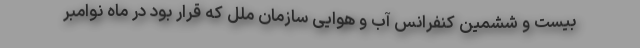
بیست و ششمین کنفرانس آب و هوایی سازمان ملل که قرار بود در ماه نوامبر